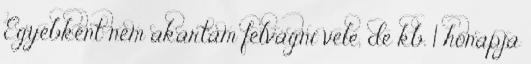
Egyébként nem akartam felvágni vele, de kb. 1 hónapja